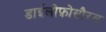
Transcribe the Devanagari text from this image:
डाईलोफ़ोसौरस